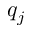
q _ { j }